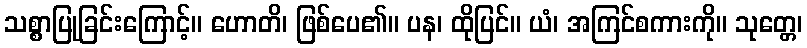
သစ္စာပြုခြင်းကြောင့်။ ဟောတိ၊ ဖြစ်ပေ၏။ ပန၊ ထိုပြင်။ ယံ၊ အကြင်စကားကို။ သုတ္တေ၊